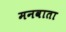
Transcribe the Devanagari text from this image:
मनवाता